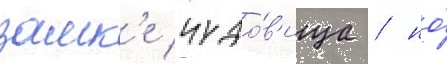
замк'е чудо́в'ища / но́